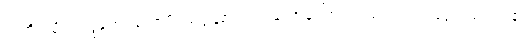
ဣတိ၊ သို့။ သဒ္ဒဘေဒတောပိ၊ သဒ္ဒါနည်းပျက်သောကြောင့်လည်း။ ဥပ္ပါဒမတ္တံ၊ သည်။ န